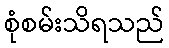
စုံစမ်းသိရသည်